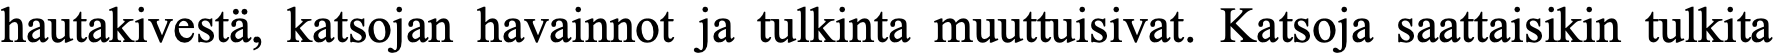
hautakivestä, katsojan havainnot ja tulkinta muuttuisivat. Katsoja saattaisikin tulkita